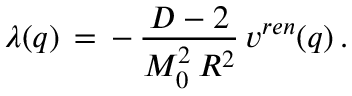
\lambda ( q ) \, = \, - \, \frac { D - 2 } { M _ { 0 } ^ { 2 } \, R ^ { 2 } } \, v ^ { r e n } ( q ) \, { . }